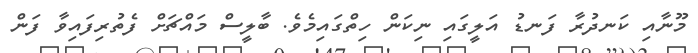
މޫނާއި ކަނދުރާ ފަނޑު އަލީގައި ނިކަން ހިތްގައިމެވެ. ބާލީސް މައްޗަށް ފެތުރިފައިވާ ފަން